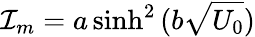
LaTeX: \mathcal{I}_{m}=a\sinh^{2}{(b\sqrt{U_{0}})}